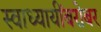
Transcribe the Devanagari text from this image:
स्वाध्यायींबरोबर